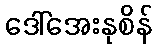
ဒေါ်အေးနုစိန်